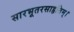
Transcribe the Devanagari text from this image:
सारभूतरसाहृतिम्।